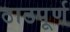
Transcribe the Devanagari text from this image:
ठाठपूर्ण